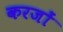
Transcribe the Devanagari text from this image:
करजों